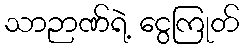
သာဉာဏ်ရဲ့ ငွေကြုတ်